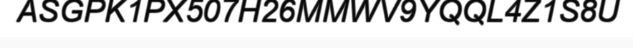
ASGPK1PX507H26MMWV9YQQL4Z1S8U